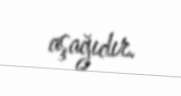
aşağıdır.